Scientific memoirs by medical officers of the Army of India - Part VIII,
Year: 1894
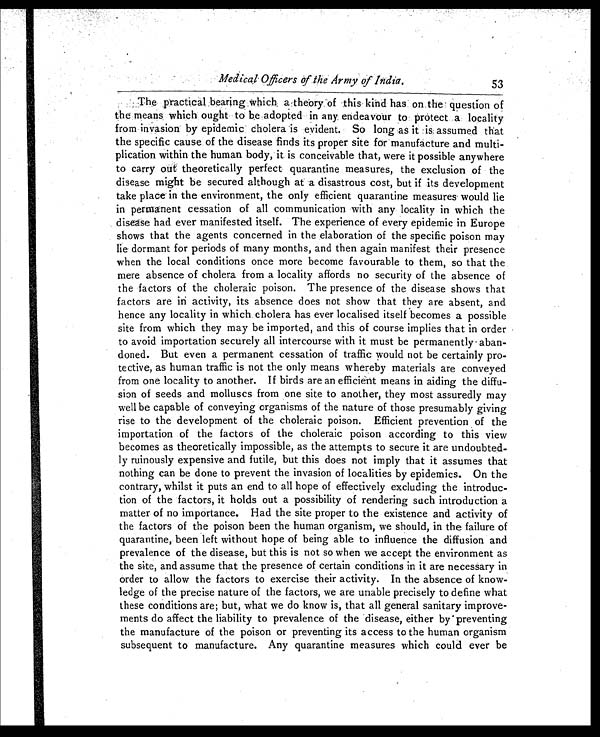
Medical Officers of the Army of India.
53
The practical bearmg which a theory of this kind has on the question of
the means which ought to he adopted in any endeavour to protect a locality
from invasion by epidemic cholera is evident. So long as it is, assumed that
the specific cause of the disease finds its proper site for manufacture and multi-
plication within the human body, it is conceivable that, were it possible anywhere
to carry out theoretically perfect quarantine measures, the exclusion of the
disease might be secured although at a disastrous cost, but if its development
take place in the environment, the only efficient quarantine measures would lie
in permanent cessation of all communication with any locality in which the
disease had ever manifested itself. The experience of every epidemic in Europe
shows that the agents concerned in the elaboration of the specific poison may
lie dormant for periods of many months, and then again manifest their presence
when the local conditions once more become favourable to them, so that the
mere absence of cholera from a locality affords no security of the absence of
the factors of the choleraic poison. The presence of the disease shows that
factors are in activity, its absence does not show that they are absent, and
hence any locality in which cholera has ever localised itself becomes a possible
site from which they may be imported, and this of course implies that in order
to avoid importation securely all intercourse with it must be permanently aban-
doned. But even a permanent cessation of traffic would not be certainly pro-
tective, as human traffic is not the only means whereby materials are conveyed
from one locality to another. If birds are an efficient means in aiding the diffu-
sion of seeds and molluscs from one site to another, they most assuredly may
well be capable of conveying organisms of the nature of those presumably giving
rise to the development of the choleraic poison. Efficient prevention of the
importation of the factors of the choleraic poison according to this view
becomes as theoretically impossible, as the attempts to secure it are undoubted-
ly ruinously expensive and futile, but this does not imply that it assumes that
nothing can be done to prevent the invasion of localities by epidemics. On the
contrary, whilst it puts an end to all hope of effectively excluding the introduc-
tion of the factors, it holds out a possibility of rendering such introduction a
matter of no importance. Had the site proper to the existence and activity of
the factors of the poison been the human organism, we should, in the failure of
quarantine, been left without hope of being able to influence the diffusion and
prevalence of the disease, but this is not so when we accept the environment as
the site, and assume that the presence of certain conditions in it are necessary in
order to allow the factors to exercise their activity. In the absence of know-
ledge of the precise nature of the factors, we are unable precisely to define what
these conditions are; but, what we do know is, that all general sanitary improve-
ments do affect the liability to prevalence of the disease, either by preventing
the manufacture of the poison or preventing its access to the human organism
subsequent to manufacture. Any quarantine measures which could ever be